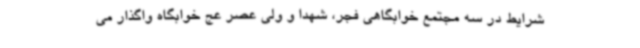
شرایط در سه مجتمع خوابگاهی فجر، شهدا و ولی عصر عج خوابگاه واگذار می